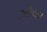
ઝોલા